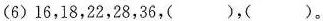
(6)16，18，22，28，36，( )，( )。